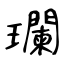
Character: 瓓